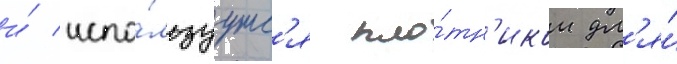
и́ испо́льзуутс'я пло́тн'иком дл'я́